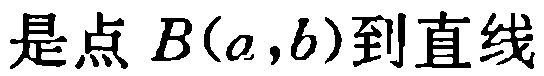
是点 \(B(a,b)\)到直线